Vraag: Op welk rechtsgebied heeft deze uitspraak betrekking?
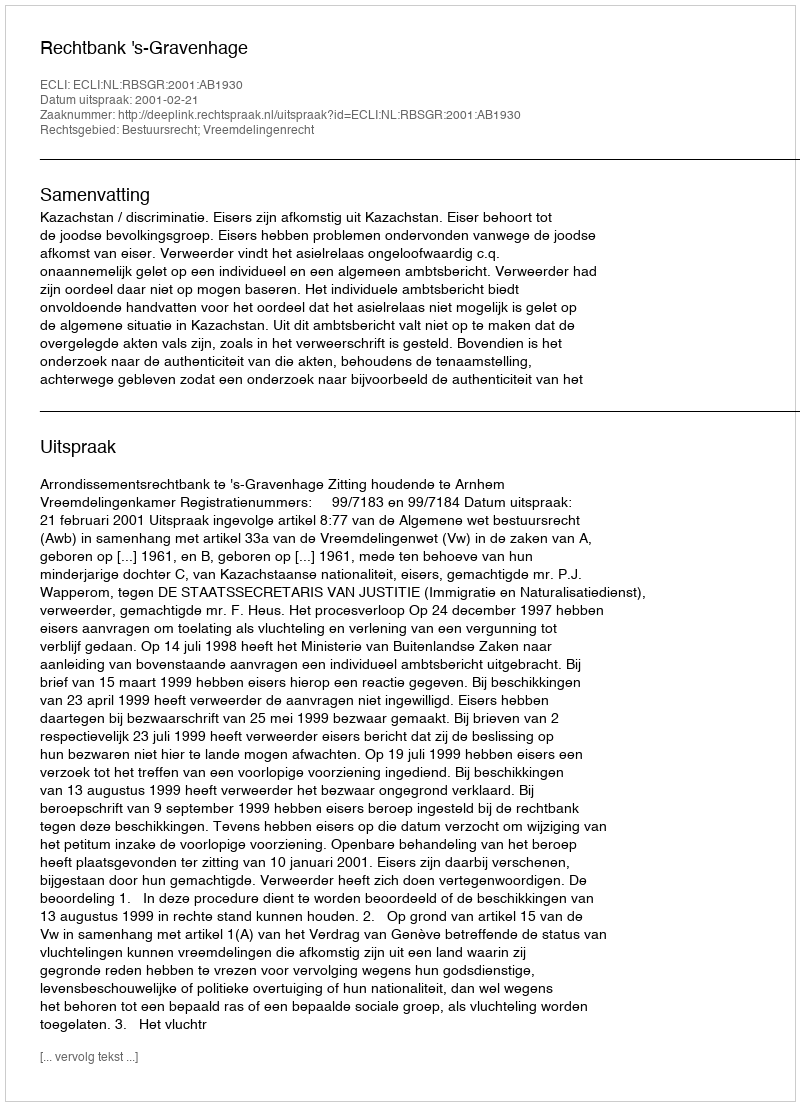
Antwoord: Bestuursrecht; Vreemdelingenrecht